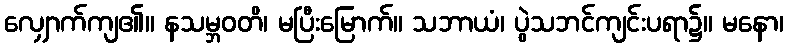
လျှောက်ကျ၏။ နသမ္ဘဝတိ၊ မပြီးမြောက်။ သဘာယံ၊ ပွဲသဘင်ကျင်းပရာ၌။ မနော၊